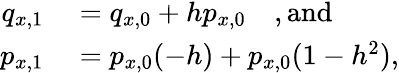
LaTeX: \begin{array}{rl}{q_{x,1}}&{{}=q_{x,0}+hp_{x,0}~~~~\mathrm{,and}}\\ {p_{x,1}}&{{}=p_{x,0}(-h)+p_{x,0}(1-h^{2}),}\end{array}